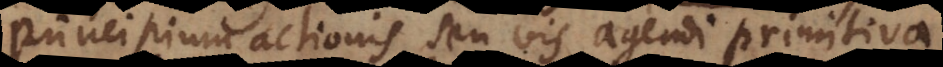
principium actionis seu vis agendi primitiva.